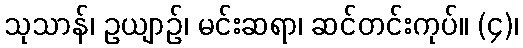
သုသာန်၊ ဥယျာဉ်၊ မင်းဆရာ၊ ဆင်တင်းကုပ်။ (၄)၊